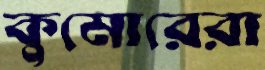
কুমোরেরা